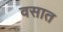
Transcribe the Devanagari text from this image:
वसात